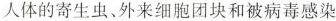
人体的寄生虫、外来细胞团块和被病毒感染